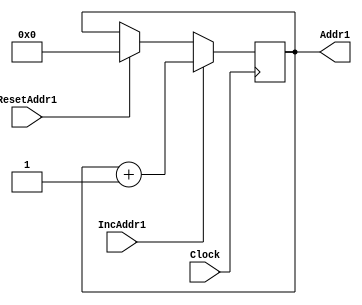
module addr1counter(IncAddr1,ResetAddr1,Clock,Addr1);
input IncAddr1,ResetAddr1,Clock;
wire IncAddr1,ResetAddr1,Clock;
output [3:0] Addr1;
reg [3:0] Addr1=0;


always @(posedge Clock)
begin
if (IncAddr1==1)
	Addr1 <= Addr1 + 1;
else if (ResetAddr1==1)
	Addr1<= 0;
end
endmodule